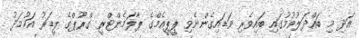
އަދި މި ބައްދަލުވުމުގައި ބައިވެރި ވަޑައިގެންނެވި ޕީޕީއެމްގެ ޕާލަމެންޓްރީ ގްރޫޕްގެ ލީޑަރު އަހުމަދު